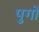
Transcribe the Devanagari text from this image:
पुगों